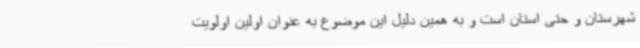
شهرستان و حتی استان است و به همین دلیل این موضوع به عنوان اولین اولویت